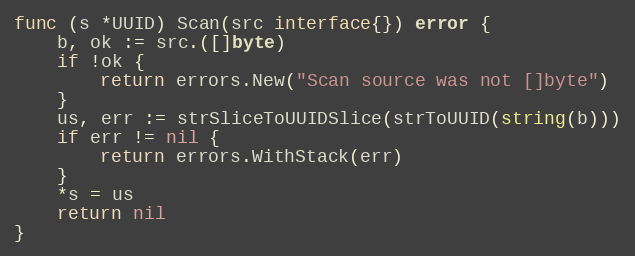
Language: Go
func (s *UUID) Scan(src interface{}) error {
	b, ok := src.([]byte)
	if !ok {
		return errors.New("Scan source was not []byte")
	}
	us, err := strSliceToUUIDSlice(strToUUID(string(b)))
	if err != nil {
		return errors.WithStack(err)
	}
	*s = us
	return nil
}